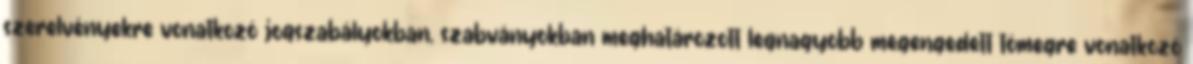
szerelvényekre vonatkozó jogszabályokban, szabványokban meghatározott legnagyobb megengedett tömegre vonatkozó